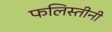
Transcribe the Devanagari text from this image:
फलिस्तीनी